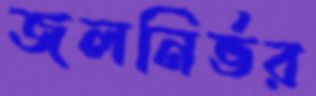
জলনির্ভর